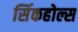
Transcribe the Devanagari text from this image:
सिंकहोल्स